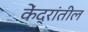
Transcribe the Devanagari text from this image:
केंद्रांतील